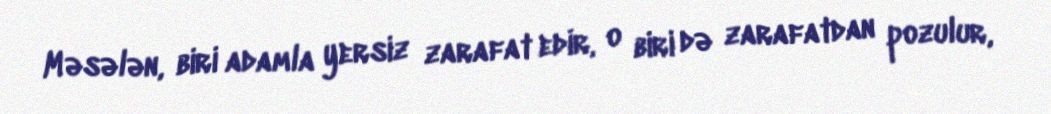
Məsələn, biri adamla yersiz zarafat edir, o biri də zarafatdan pozulur,